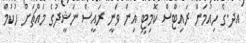
އދ.ގެ ހިއުމަން ރައިޓްސް ކޮމިޓީ އިން ވަނީ ރައީސް ނަޝީދުގެ މައްޗަށް ހުކުމް